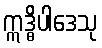
ဣဒ္ဓိပါဒေသု